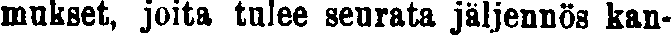
mukset, joita tulee seurata jäljennös kan-